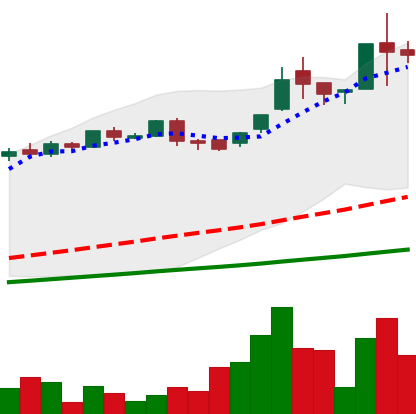
Ticker: LTC-USD
Chart end date: 2016-06-18
Forward return: -30.746%
Label: down_7plus